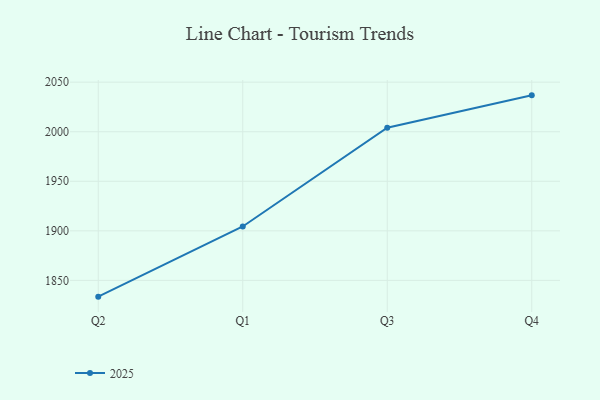
{"axis": {"x": "Quarter", "y": "Churn Rate (%)"}, "legend": ["2025"], "data": [{"x": "Q2", "y": 1833.6, "type": "2025"}, {"x": "Q1", "y": 1904.4, "type": "2025"}, {"x": "Q3", "y": 2004.0, "type": "2025"}, {"x": "Q4", "y": 2036.7, "type": "2025"}]}